Scottish Certificate of Education, 1963
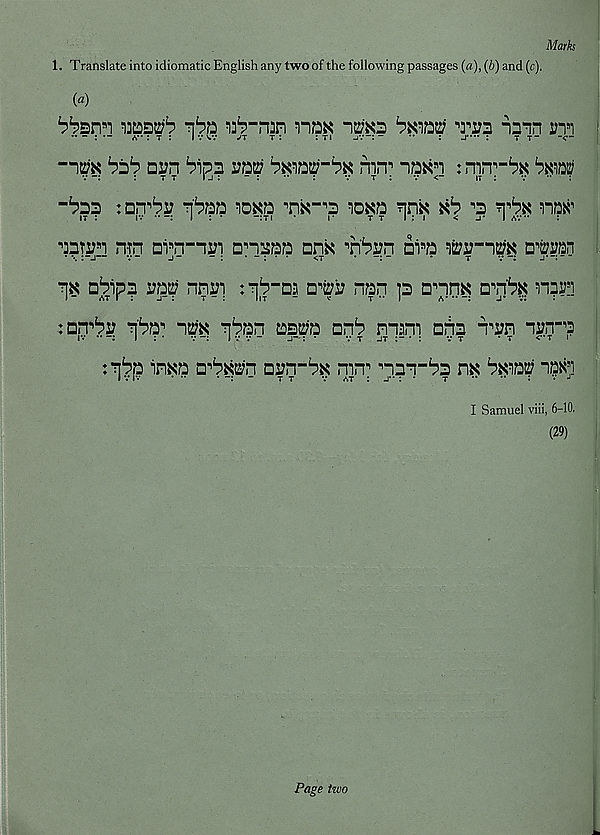
Marks
1. Translate into idiomatic English any two of the following passages (a), (b) and (t).
(a)
am ims
^^3 mn n s i
a” : t : I v V.7 JT t:
: ti -jv: -
”
: J"** :
t T“ -<•-
-im
arn ^ipa M
rnn 1 '
:mrr-pK bum
“Paa : nrrpj? PPaa tokd 'm-'s roxa pnx
^
nax 1
aaTm n-n avn-im anaaa ank B hPj?n ai s a wv-im a^ran
• \ :-j— v-
j-
- : . - . . .
<T
-
•
t
vj*-: - ”
“na aPipa i?aa nnai t-np-as aw nan is annK a B n'Px nasn
:b.tPi? nPa B ntfa nPan asa;a anP nnam a^ia n B S7n nyn-a
IV ••I : •
7I 7 7 -
j- : •
7 t jt
:
7 t
* t
<* t i
:nPa inaa a B PKa?n aian-Px mn B B nan“Pa m Pxaaa iax’1
17 iv
• ••
*
t t
7 at : j- : •
t
- •* : • J
I Samuel viii, 6-10.
(29)
Page two